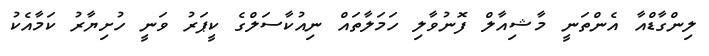
ލިންގާޑްއާ އެންތަނީ މާޝިއާލް ފޮނުވާލި ހަމަލާތައް ނިއުކާސަލްގެ ކީޕަރު ވަނީ ހުށިޔާރު ކަމާއެކު